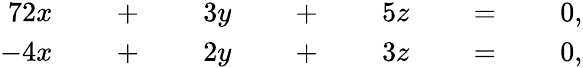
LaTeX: \begin{array}{rlrlrlrlrlrlr}{{7}2x}&{{}}&{\; +\; }&{{}}&{3y}&{{}}&{\; +\; }&{{}}&{5z}&{{}}&{\; =\; }&{{}}&{0,}\\ {-4x}&{{}}&{\; +\; }&{{}}&{2y}&{{}}&{\; +\; }&{{}}&{3z}&{{}}&{\; =\; }&{{}}&{0,}\end{array}